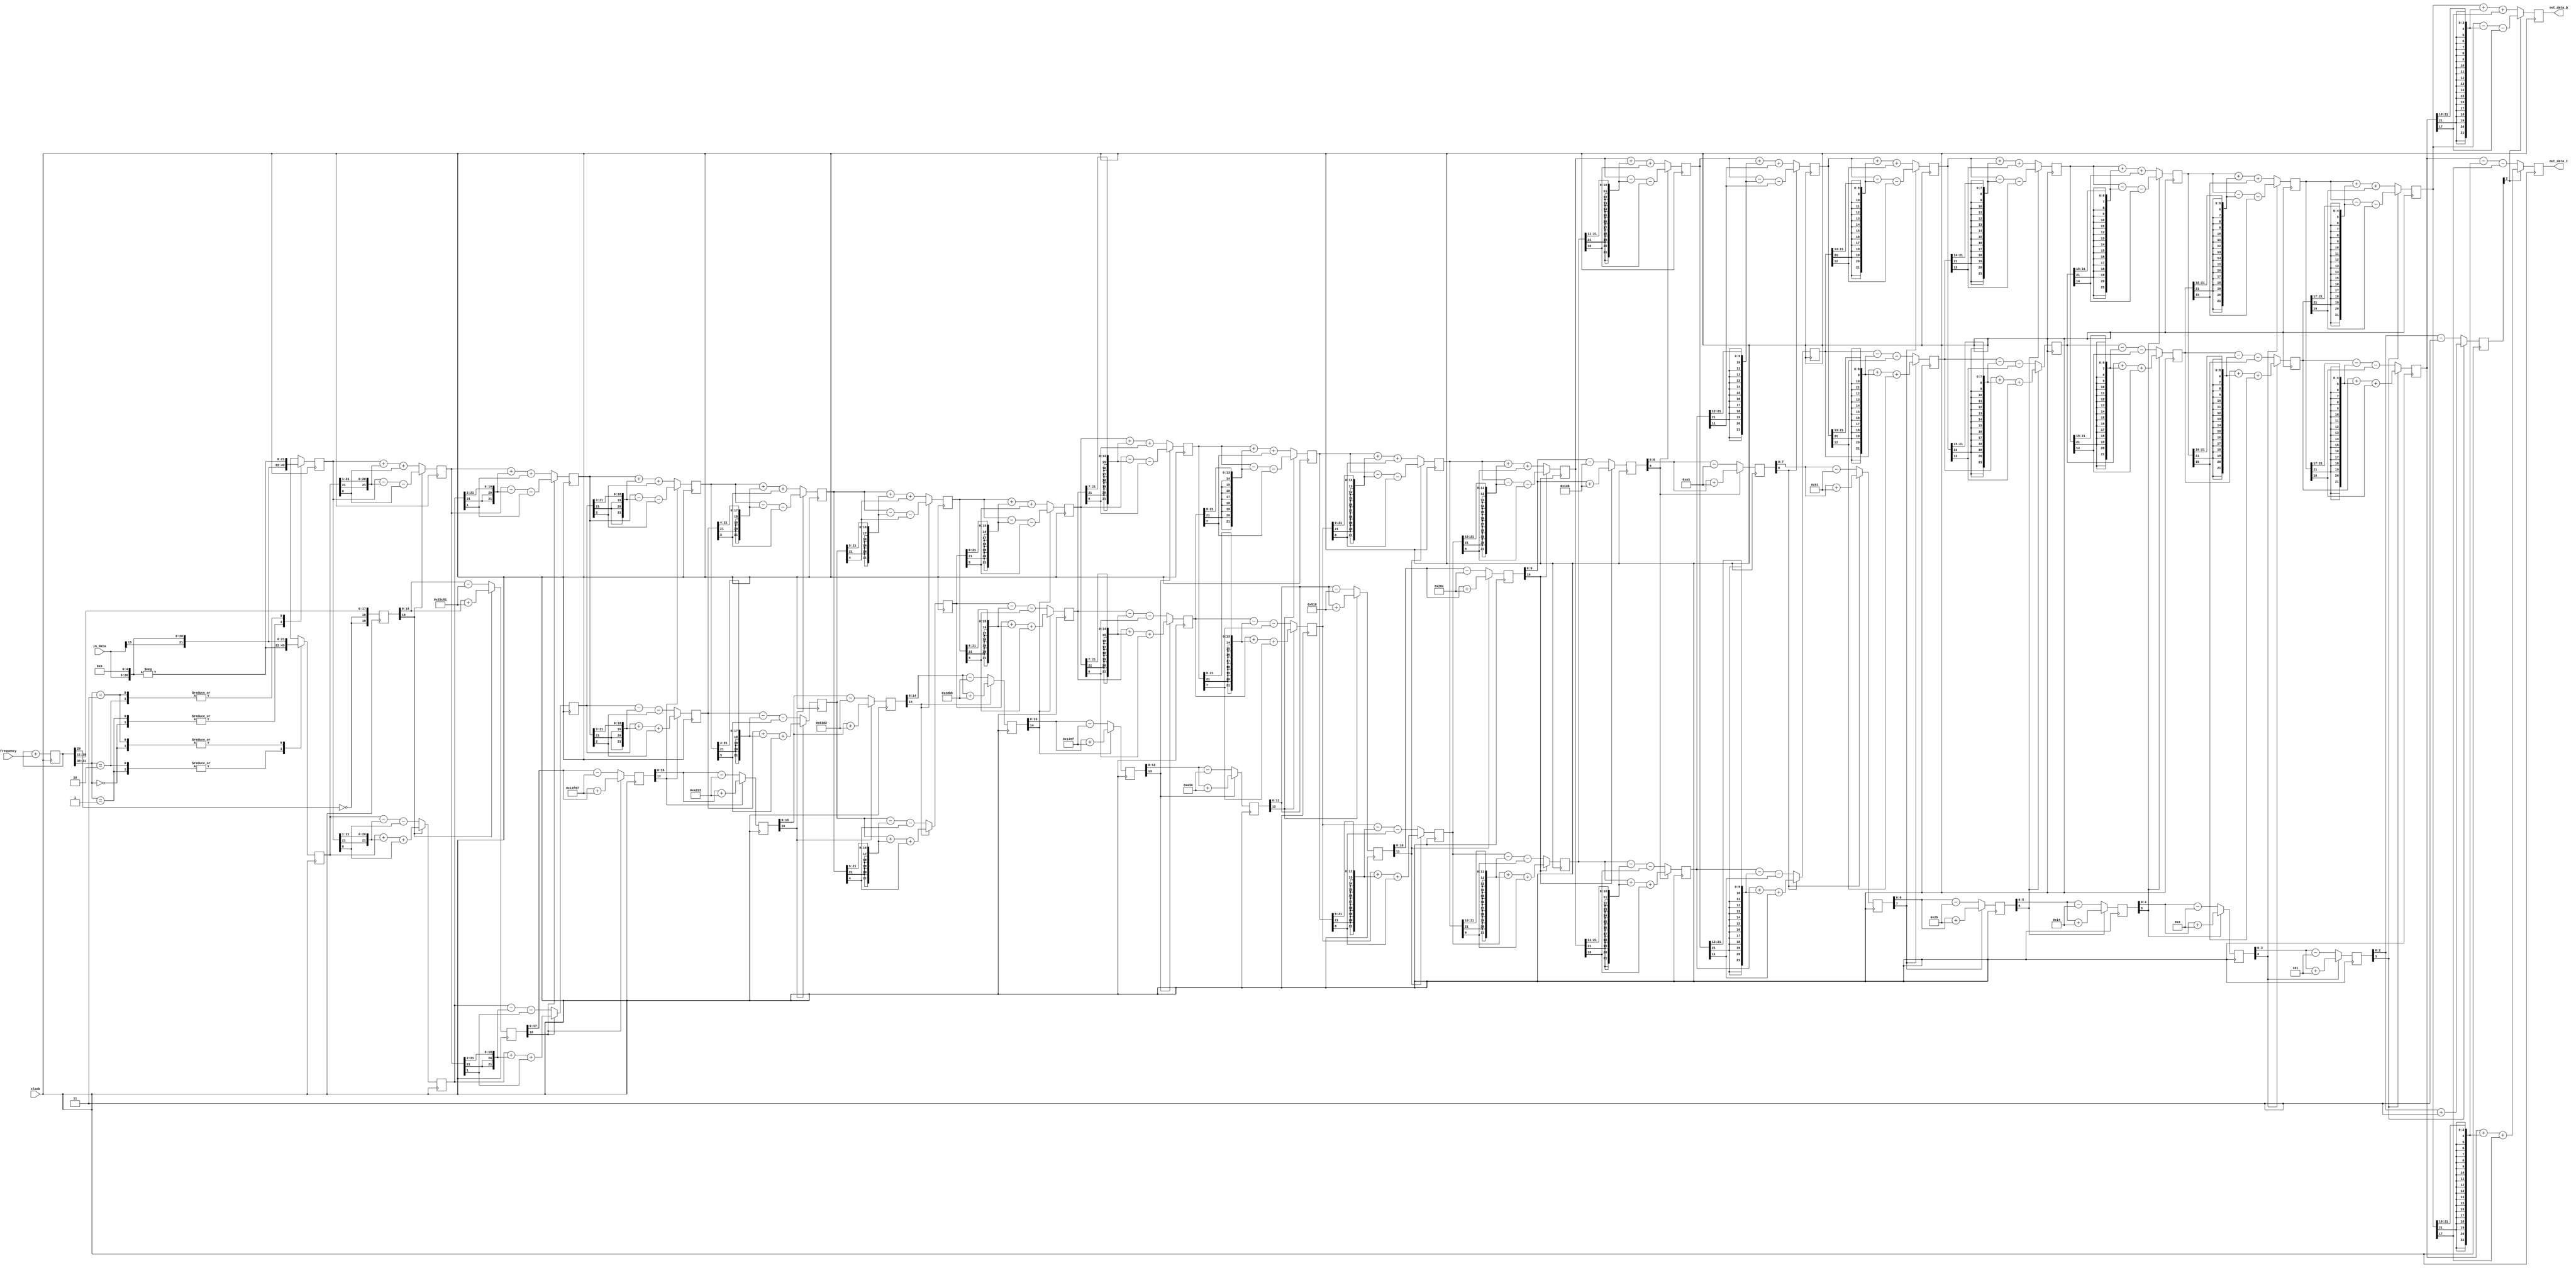
/*
--------------------------------------------------------------------------------
This library is free software; you can redistribute it and/or
modify it under the terms of the GNU Library General Public
License as published by the Free Software Foundation; either
version 2 of the License, or (at your option) any later version.
This library is distributed in the hope that it will be useful,
but WITHOUT ANY WARRANTY; without even the implied warranty of
MERCHANTABILITY or FITNESS FOR A PARTICULAR PURPOSE.  See the GNU
Library General Public License for more details.
You should have received a copy of the GNU Library General Public
License along with this library; if not, write to the
Free Software Foundation, Inc., 51 Franklin St, Fifth Floor,
Boston, MA  02110-1301, USA.
--------------------------------------------------------------------------------
*/


//------------------------------------------------------------------------------
//           Algorithm by Darrell Harmon modified by Cathy Moss
//            Code Copyright (c) 2008 Alex Shovkoplyas, VE3NEA
//------------------------------------------------------------------------------


module cordic( clock, frequency, in_data, out_data_I, out_data_Q );

parameter IN_WIDTH   = 16; //ADC bitwidth
parameter EXTRA_BITS = 5;  //spur reduction 6 dB per bit

//internal params
localparam WR =  IN_WIDTH + EXTRA_BITS + 1; //22-bit data regs
localparam OUT_WIDTH = WR;  //22-bit output width
localparam WZ =  IN_WIDTH + EXTRA_BITS - 1; //20-bit angle regs
localparam STG = IN_WIDTH + EXTRA_BITS - 2; //19 stages
localparam WO = OUT_WIDTH;

localparam WF = 32; //NCO freq,  -Pi..Pi per clock cycle
localparam WP = WF; //NCO phase, 0..2*Pi

input clock;
input signed [WF-1:0] frequency;
input signed [IN_WIDTH-1:0] in_data;
output signed [WO-1:0] out_data_I;
output signed [WO-1:0] out_data_Q;






//------------------------------------------------------------------------------
//                             arctan table
//------------------------------------------------------------------------------
localparam WT = 32;

wire signed [WT-1:0] atan_table [1:WT-1];


//     atan_table[00] = 32'b01000000000000000000000000000000; //1073741824  FYI
assign atan_table[01] = 32'b00100101110010000000101000111011; //633866811
assign atan_table[02] = 32'b00010011111101100111000010110111; //334917815
assign atan_table[03] = 32'b00001010001000100010001110101000; //170009512
assign atan_table[04] = 32'b00000101000101100001101010000110; //85334662
assign atan_table[05] = 32'b00000010100010111010111111000011; //42708931
assign atan_table[06] = 32'b00000001010001011110110000111101; //21359677
assign atan_table[07] = 32'b00000000101000101111100010101010; //10680490
assign atan_table[08] = 32'b00000000010100010111110010100111; //5340327
assign atan_table[09] = 32'b00000000001010001011111001011101; //2670173
assign atan_table[10] = 32'b00000000000101000101111100110000; //1335088
assign atan_table[11] = 32'b00000000000010100010111110011000; //667544
assign atan_table[12] = 32'b00000000000001010001011111001100; //333772
assign atan_table[13] = 32'b00000000000000101000101111100110; //166886
assign atan_table[14] = 32'b00000000000000010100010111110011; //83443
assign atan_table[15] = 32'b00000000000000001010001011111010; //41722
assign atan_table[16] = 32'b00000000000000000101000101111101; //20861
assign atan_table[17] = 32'b00000000000000000010100010111110; //10430
assign atan_table[18] = 32'b00000000000000000001010001011111; //5215
assign atan_table[19] = 32'b00000000000000000000101000110000; //2608
assign atan_table[20] = 32'b00000000000000000000010100011000; //1304
assign atan_table[21] = 32'b00000000000000000000001010001100; //652
assign atan_table[22] = 32'b00000000000000000000000101000110; //326
assign atan_table[23] = 32'b00000000000000000000000010100011; //163
assign atan_table[24] = 32'b00000000000000000000000001010001; //81
assign atan_table[25] = 32'b00000000000000000000000000101001; //41
assign atan_table[26] = 32'b00000000000000000000000000010100; //20
assign atan_table[27] = 32'b00000000000000000000000000001010; //10
assign atan_table[28] = 32'b00000000000000000000000000000101; //5
assign atan_table[29] = 32'b00000000000000000000000000000011; //3
assign atan_table[30] = 32'b00000000000000000000000000000001; //1
assign atan_table[31] = 32'b00000000000000000000000000000001; //1








//------------------------------------------------------------------------------
//                              registers
//------------------------------------------------------------------------------
//NCO
reg [WP-1:0] phase;


//stage outputs
reg signed [WR-1:0] X [0:STG-1];
reg signed [WR-1:0] Y [0:STG-1];
reg signed [WZ-1:0] Z [0:STG-1];






//------------------------------------------------------------------------------
//                               stage 0
//------------------------------------------------------------------------------
//input word sign-extended by 1 bit, padded at the right with EXTRA_BITS of zeros
wire signed [WR-1:0] in_data_ext = {in_data[IN_WIDTH-1], in_data, {EXTRA_BITS{1'b0}}};
wire [1:0] quadrant = phase[WP-1:WP-2];


always @(posedge clock)
  begin
  //rotate to the required quadrant, pre-rotate by +Pi/4. Gain = Sqrt(2)
  case (quadrant)
    0: begin X[0] <=  in_data_ext;   Y[0] <=  in_data_ext; end
    1: begin X[0] <= -in_data_ext;   Y[0] <=  in_data_ext; end
    2: begin X[0] <= -in_data_ext;   Y[0] <= -in_data_ext; end
    3: begin X[0] <=  in_data_ext;   Y[0] <= -in_data_ext; end
  endcase

  //subtract quadrant and Pi/4 from the angle
  Z[0] <= {~phase[WP-3], ~phase[WP-3], phase[WP-4:WP-WZ-1]};

  //advance NCO
  phase <= phase + frequency;
  end






//------------------------------------------------------------------------------
//                           stages 1 to STG-1
//------------------------------------------------------------------------------
genvar n;


generate
  for (n=0; n<=(STG-2); n=n+1)
    begin : stages
    //data from prev stage, shifted
    wire signed [WR-1:0] X_shr = {{(n+1){X[n][WR-1]}}, X[n][WR-1:n+1]};
    wire signed [WR-1:0] Y_shr = {{(n+1){Y[n][WR-1]}}, Y[n][WR-1:n+1]};


    //rounded arctan
    wire [WZ-2-n:0] atan = atan_table[n+1][WT-2-n:WT-WZ] + atan_table[n+1][WT-WZ-1];


    //the sign of the residual
    wire Z_sign = Z[n][WZ-1-n];


    always @(posedge clock)
      begin
      //add/subtract shifted and rounded data
      X[n+1] <= Z_sign ? X[n] + Y_shr + Y[n][n] : X[n] - Y_shr - Y[n][n];
      Y[n+1] <= Z_sign ? Y[n] - X_shr - X[n][n] : Y[n] + X_shr + X[n][n];

      //update angle
      if (n < STG-2)
        begin : angles
        Z[n+1][WZ-2-n:0] <= Z_sign ? Z[n][WZ-2-n:0] + atan : Z[n][WZ-2-n:0] - atan;
        end
      end
    end
endgenerate






//------------------------------------------------------------------------------
//                                 output
//------------------------------------------------------------------------------
generate
  if (OUT_WIDTH == WR)
    begin
    assign out_data_I = X[STG-1];
    assign out_data_Q = Y[STG-1];
    end
    
  else
    begin
    reg signed [WO-1:0] rounded_I;
    reg signed [WO-1:0] rounded_Q;

    always @(posedge clock)
      begin
      rounded_I <= X[STG-1][WR-1 : WR-WO] + X[STG-1][WR-1-WO];
      rounded_Q <= Y[STG-1][WR-1 : WR-WO] + Y[STG-1][WR-1-WO];
      end
      
    assign out_data_I = rounded_I;
    assign out_data_Q = rounded_Q;
    end
endgenerate



endmodule